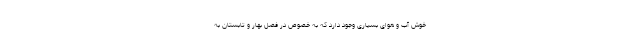
خوش آب و هوای بسیاری وجود دارد که به خصوص در فصل بهار و تابستان به